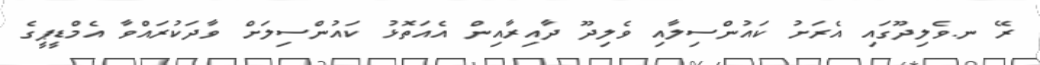
ރޭ ނ.ވެލިދޫގައި އެރަށު ކައުންސިލާއި ވެލިދޫ ދާއިރާއިން އެއަތޮޅު ކައުންސިލަށް ވާދަކުރައްވާ އެމްޑީޕީގެ